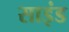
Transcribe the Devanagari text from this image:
साइंड